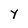
Character: Y